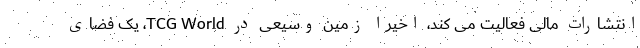
انتشارات مالی فعالیت می کند، اخیرا زمین وسیعی در TCG World، یک فضای